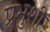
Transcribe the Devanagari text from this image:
प्रभुशी